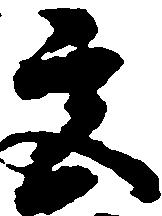
宮